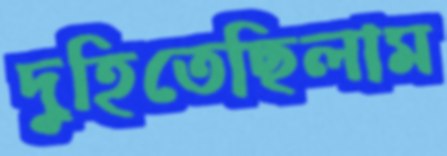
দুহিতেছিলাম